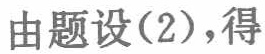
由题设(2),得